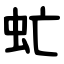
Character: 虻